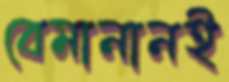
বেমানানই